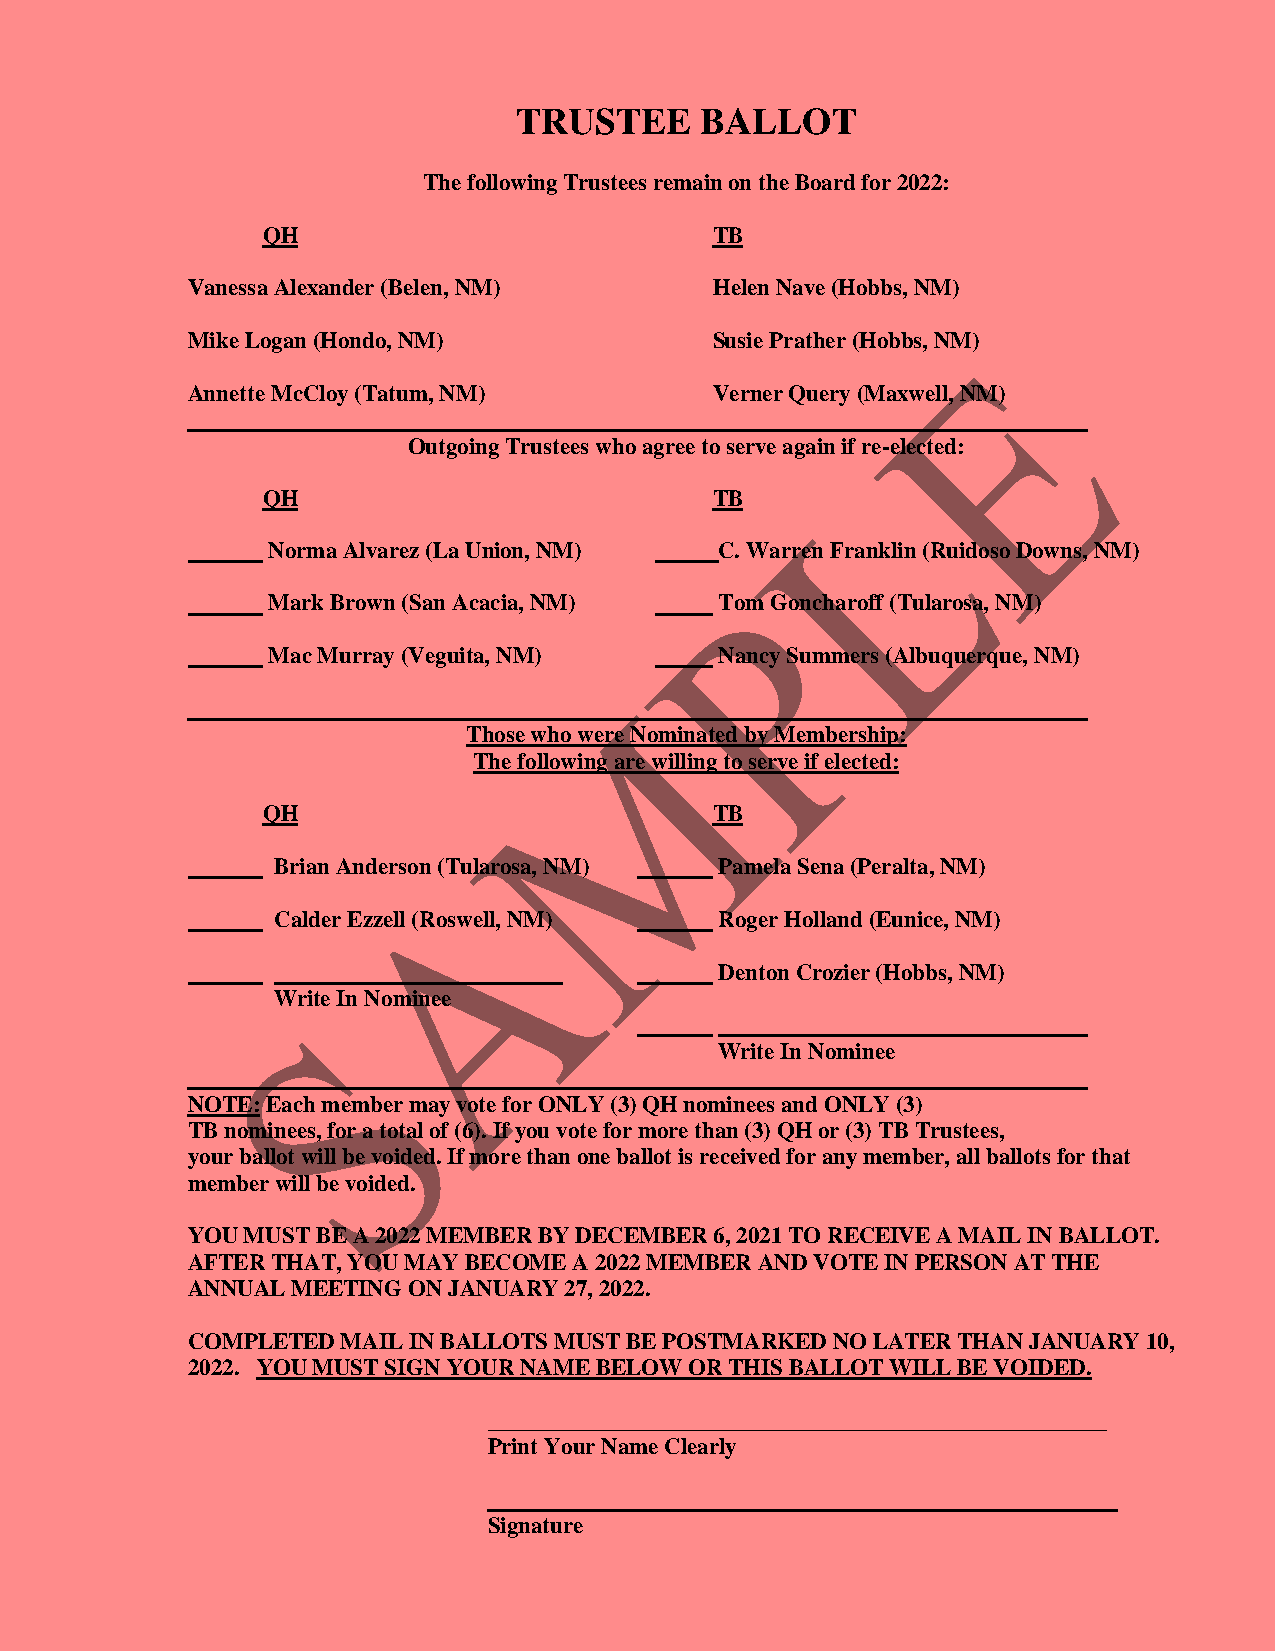
TRUSTEE     BALLOT
 The following Trustees remain on the Board for 2022:
 QH                            TB
 Vanessa Alexander (Belen, NM)      Helen Nave (Hobbs, NM)
 Mike Logan (Hondo, NM)             Susie Prather (Hobbs, NM)
 Annette McCloy (Tatum, NM)         Verner Query (Maxwell, NM)
 Outgoing Trustees who agree to serve again if re-elected:
 QH                            TB
 Norma Alvarez (La Union, NM)  C. Warren Franklin (Ruidoso Downs, NM)
 Mark Brown (San Acacia, NM)   Tom Goncharoff (Tularosa, NM)
 Mac Murray (Veguita, NM)      Nancy Summers (Albuquerque, NM)
 Those who were Nominated by Membership:
 The following are willing to serve if elected:
 QH                            TB
 Brian Anderson (Tularosa, NM) Pamela Sena (Peralta, NM)
 Calder Ezzell (Roswell, NM)   Roger Holland (Eunice, NM)
 Denton Crozier (Hobbs, NM)
 Write In Nominee
 Write In Nominee
 NOTE: Each member may vote for ONLY (3) QH nominees and ONLY (3)
 TB nominees, for a total of (6). If you vote for more than (3) QH or (3) TB Trustees,
 your ballot will be voided. If more than one ballot is received for any member, all ballots for that
 member will be voided.
 YOU MUST BE A 2022 MEMBER BY DECEMBER 6, 2021 TO RECEIVE A MAIL IN BALLOT.
 AFTER THAT, YOU MAY BECOME A 2022 MEMBER AND VOTE IN PERSON AT THE
 ANNUAL MEETING ON JANUARY 27, 2022.
 COMPLETED  MAIL IN BALLOTS MUST BE POSTMARKED NO LATER THAN JANUARY 10,
 2022. YOU MUST SIGN YOUR NAME BELOW OR THIS BALLOT WILL BE VOIDED.
 ______________________________________________________
 Print Your Name Clearly
 _______________________________________________________
 Signature